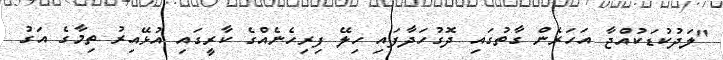
"ލަދުކުޑަކުއްޖާ އަހަރެން ގާތުގައި ދޮގުހަދާފައި ހިލޭ ފިރިހެނެއްގެ ކާރީގައި އުޅޭއިރު ތިމާގެ އަގު